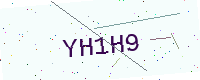
Text: YH1H9